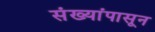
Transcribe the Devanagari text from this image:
संख्यांपासून